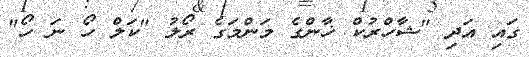
ގައި އަދި "ޝާހްރުކް ޚާންގެ މަންމަގެ ރޯލު "ކަލް ހޯ ނަ ހޯ"